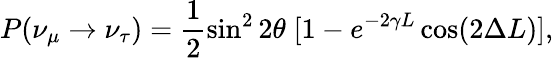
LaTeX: P(\nu_{\mu}\to\nu_{\tau})=\frac{1}{2}\sin^{2}2\theta\; [1-e^{-2\gamma L}\cos(2\Delta L)],